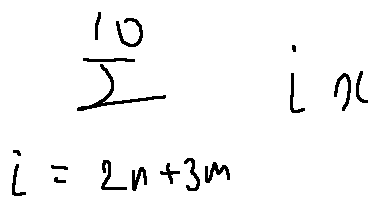
\sum \limits _ { i = 2 n + 3 m } ^ { 1 0 } i x